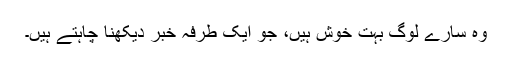
وہ سارے لوگ بہت خوش ہیں، جو ایک طرفہ خبر دیکھنا چاہتے ہیں۔